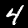
Digit: 4